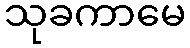
သုခကာမေ